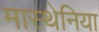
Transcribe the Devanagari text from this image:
मास्थेनिया